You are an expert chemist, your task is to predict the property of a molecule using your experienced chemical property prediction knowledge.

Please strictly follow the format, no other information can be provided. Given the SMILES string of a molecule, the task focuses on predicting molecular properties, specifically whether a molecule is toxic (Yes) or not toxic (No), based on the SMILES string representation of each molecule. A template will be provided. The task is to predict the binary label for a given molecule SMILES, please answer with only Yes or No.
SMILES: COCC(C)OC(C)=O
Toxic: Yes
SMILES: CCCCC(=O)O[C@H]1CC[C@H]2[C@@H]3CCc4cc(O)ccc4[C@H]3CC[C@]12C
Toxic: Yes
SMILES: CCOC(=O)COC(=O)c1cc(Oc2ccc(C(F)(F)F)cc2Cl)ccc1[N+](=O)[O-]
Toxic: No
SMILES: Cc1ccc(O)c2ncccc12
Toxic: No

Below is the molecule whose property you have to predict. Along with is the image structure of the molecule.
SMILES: CN1CCN(C(=O)C2CCCCC2)CC1
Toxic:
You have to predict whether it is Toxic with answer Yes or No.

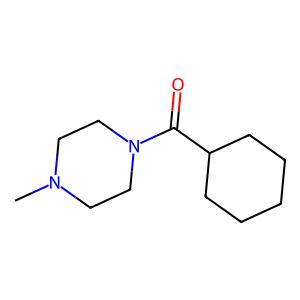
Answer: No